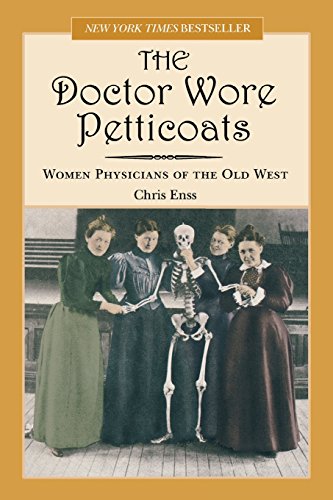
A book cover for Doctor Wore Petticoats: Women Physicians Of The Old West; Chris Enss; Humor & Entertainment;